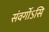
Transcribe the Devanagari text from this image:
संवर्गोऽसि